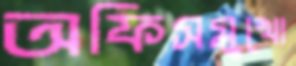
অফিসমুখো